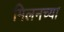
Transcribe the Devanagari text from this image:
मिलनच्या